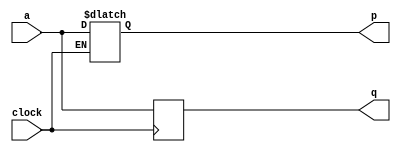
module top_module (
    input clock,
    input a,
    output p,
    output q );
	
    always@(*)
        begin
            if(clock == 1'b1)
            	p = a;
            else
                p = p;
        end
		
    always@(negedge clock)
        begin
            q = a;
        end
		
endmodule